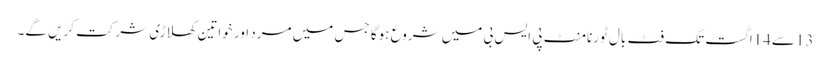
13سے14اگست تک فٹ بال ٹورنامنٹ پی ایس بی میں شروع ہوگا جس میں مرد اور خواتین کھلاڑی شرکت کریں گے۔